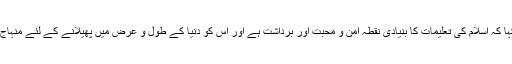
اس ملاقات میں موجود منہاج القرآن انٹرنیشنل کے سیکرٹری جنرل ڈاکٹر رحیق احمد عباسی نے کہا کہ اسلام کی تعلیمات کا بنیادی نقطہ امن و محبت اور برداشت ہے اور اس کو دنیا کے طول و عرض میں پھیلانے کے لئے منہاج القرآن انٹرنیشنل کے سرپرست شیخ الاسلام ڈاکٹر محمد طاہر القادری دن رات محنت کر رہے ہیں۔